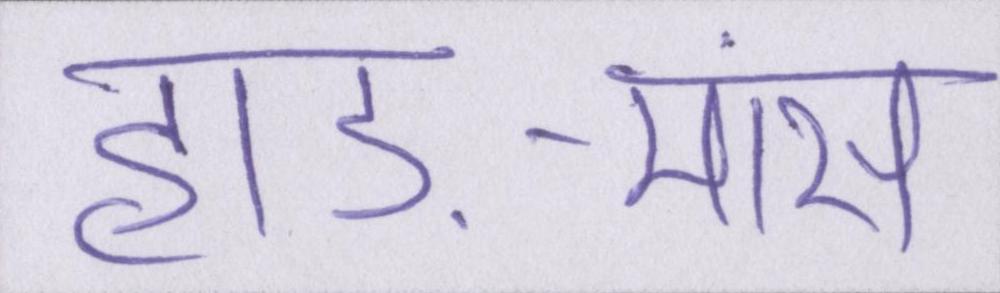
हाड़-मांस